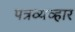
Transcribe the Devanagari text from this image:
पत्रव्यव्हार